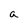
Character: a